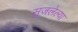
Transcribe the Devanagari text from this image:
सुजलेल्या